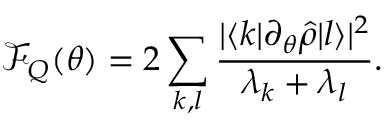
\mathcal { F } _ { Q } ( \theta ) = 2 \sum _ { k , l } \frac { | \langle k | \partial _ { \theta } \hat { \rho } | l \rangle | ^ { 2 } } { \lambda _ { k } + \lambda _ { l } } .